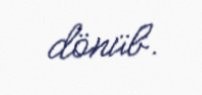
dönüb.